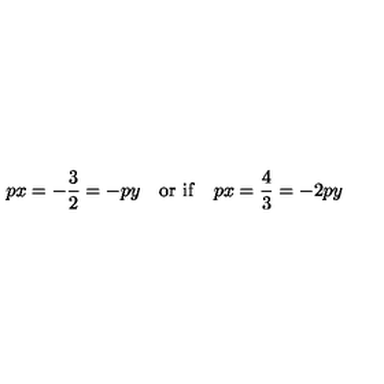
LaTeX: p x = - \frac { 3 } { 2 } = - p y \quad \mathrm { o r \ i f } \quad p x = \frac { 4 } { 3 } = - 2 p y